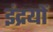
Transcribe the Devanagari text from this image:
इंद्रयों